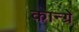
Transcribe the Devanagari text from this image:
कान्ग्रे